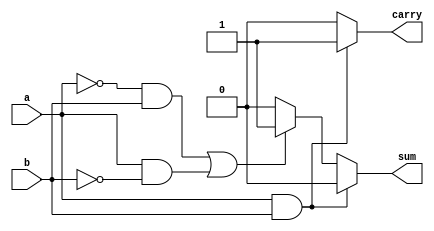
module half_adder_behavioural(a, b, sum, carry);
input a, b;
output reg sum, carry;

always@(a, b, sum, carry)
begin
    sum = 0;
    carry = 0;
    if (a & b)
        carry = 1;
    else if ((~a & b) | (a & ~b))
        sum = 1;
end

endmodule